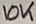
Text: 10K